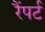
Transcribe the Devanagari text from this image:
रैंपर्ट